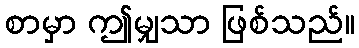
စာမှာ ဤမျှသာ ဖြစ်သည်။